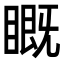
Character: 𬑦